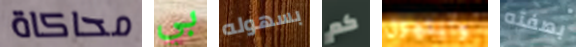
محاكاة بي بسهوله كم وايتهول بصفته